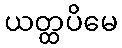
ယတ္ထပိမေ